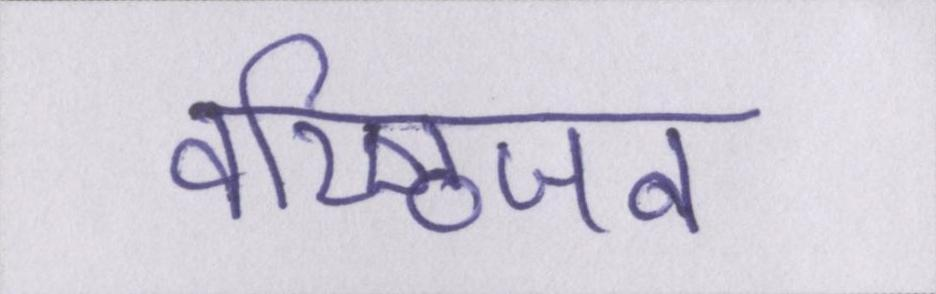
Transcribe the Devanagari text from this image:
वरिष्ठजन